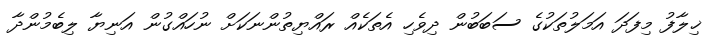
ޚިލާފު މިފަދަ އަމަލުތަކުގެ ސަބަބުން ދިވެހި އެތަކެއް ރައްޔިތުންނަކަށް ނުހައްގުން އަނިޔާ ލިބެމުންދާ